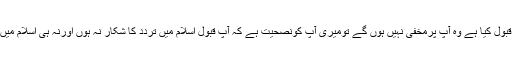
اسی مناسبت سے میرے خیال میں آپ پرباسکٹ بال کے عالمی کھلاڑیوں میں سے بھی کچھ نےاسلام قبول کیا ہے وہ آپ پرمخفی نہیں ہوں گے تومیری آپ کونصحیت ہے کہ آپ قبول اسلام میں تردد کا شکار نہ ہوں اورنہ ہی اسلام میں داخل ہونےمیں تاخیر سے کام لیں اس لیے کہ اسلام میں داخل ہونے سے کوئ بھی چيزمانع نہيں ہے ۔